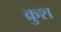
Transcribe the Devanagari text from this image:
क्रुश